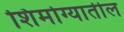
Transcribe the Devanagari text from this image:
शिमोग्यातील